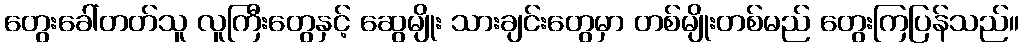
တွေးခေါ်တတ်သူ လူကြီးတွေနှင့် ဆွေမျိုး သားချင်းတွေမှာ တစ်မျိုးတစ်မည် တွေးကြပြန်သည်။